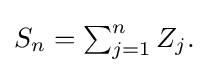
{\textstyle S_{n}=\sum _{j=1}^{n}Z_{j}.}